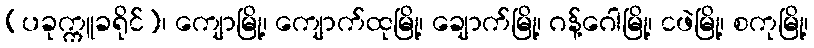
(ပခုက္ကူခရိုင်)၊ ကျောမြို့၊ ကျောက်ထုမြို့၊ ချောက်မြို့၊ ဂန့်ဂေါမြို့၊ ငဖဲမြို့၊ စကုမြို့၊